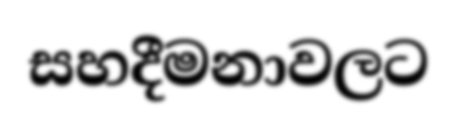
සහදීමනාවලට